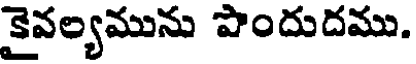
కైవల్యమును పొందుదము.